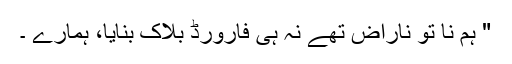
" ہم نا تو ناراض تھے نہ ہی فارورڈ بلاک بنایا، ہمارے ۔